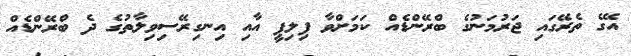
އޭގެ ތެރޭގައި ޖަރުމަނުގެ ބްރޭންޑެއް ކަމަށްވާ ފިލިޕީ އާއި އިނގިރޭސިވިލާތުގެ ދެ ބްރޭންޑެއް